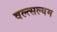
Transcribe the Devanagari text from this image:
वल्त्सल्यम